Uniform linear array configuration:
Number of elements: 24
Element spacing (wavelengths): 0.25
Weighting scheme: blackman
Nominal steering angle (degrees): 30
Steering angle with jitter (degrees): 31.583
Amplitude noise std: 0.05
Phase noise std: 0.05

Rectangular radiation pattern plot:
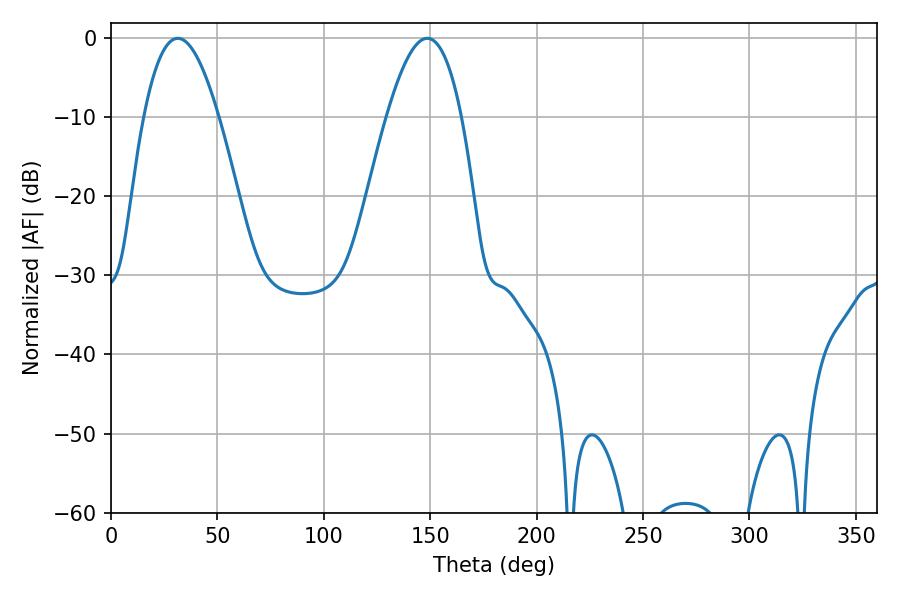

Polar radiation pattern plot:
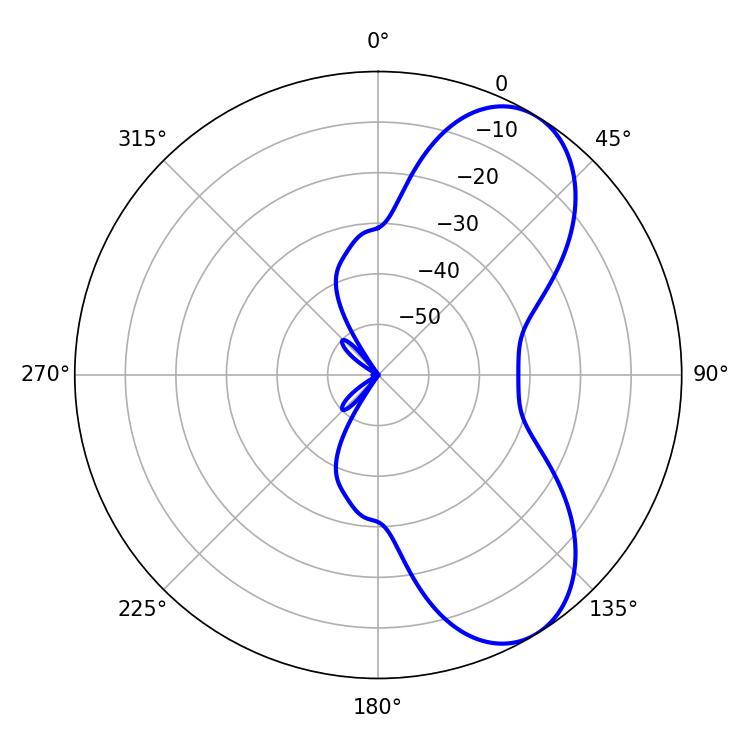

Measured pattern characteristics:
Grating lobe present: FALSE
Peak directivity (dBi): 7.156
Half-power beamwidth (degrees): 19.26
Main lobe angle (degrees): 148.68